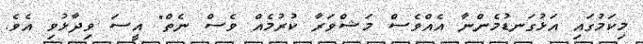
މިކަމުގައި އަޅުގަނޑުމެންނާ އެއްވެސް މަޝްވަރާ ކުރުމެއް ވެސް ނެތް" އީސަ ވިދާޅުވި އެވެ.